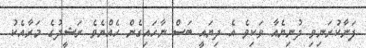
ފަނާކުރަނިވި ދުނިޔެއާ ވަކިވެ އެ ދިޔައީ ބަސް ނާހައިގެން ހެއްޔެވެ ރަޝީދުގެ މަރާއެކު